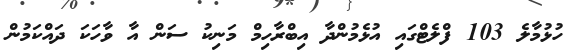
ހުޅުމާލެ 103 ފްލެޓްގައި އުޅެމުންދާ އިބްރާހިމް މަނިކު ސަން އާ ވާހަކަ ދައްކަމުން